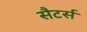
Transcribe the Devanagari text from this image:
सैटर्स